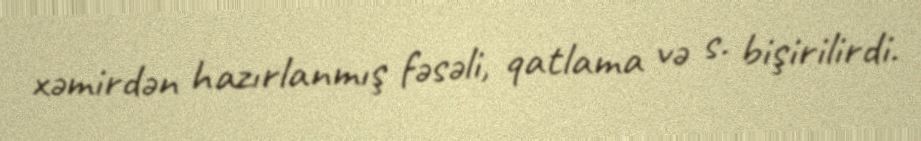
xəmirdən hazırlanmış fəsəli, qatlama və s. bişirilirdi.